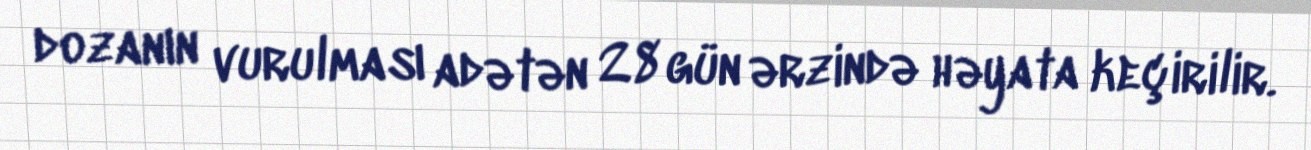
dozanın vurulması adətən 28 gün ərzində həyata keçirilir.